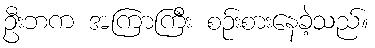
ဦးဘက အကြာကြီး စဉ်းစားနေခဲ့သည်။